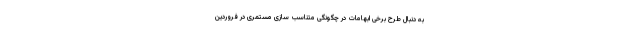
به دنبال طرح برخی ابهامات در چگونگی متناسب سازی مستمری در فروردین